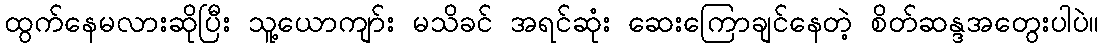
ထွက်နေမလားဆိုပြီး သူ့ယောကျာ်း မသိခင် အရင်ဆုံး ဆေးကြောချင်နေတဲ့ စိတ်ဆန္ဒအတွေးပါပဲ။